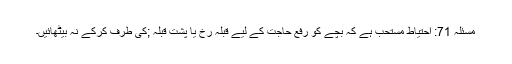
مسئلہ 71: احتیاط مستحب ہے کہ بچے کو رفع حاجت کے لیے قبلہ رُخ یا پشت قبلہ ;كی طرف كركے نہ بیٹھائیں۔